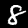
Label: 8